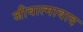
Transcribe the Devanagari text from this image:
जीवात्मावाद